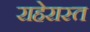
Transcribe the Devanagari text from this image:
राहेरास्त